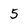
Character: 5